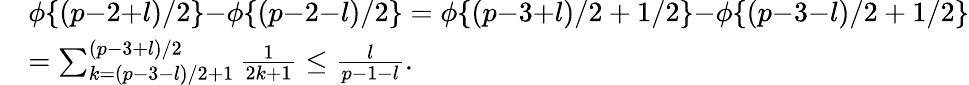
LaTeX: \begin{array}{rl}&{\phi\{ (p{-}2{+}l)/2\} {-}\phi\{ (p{-}2{-}l)/2\} =\phi\{ (p{-}3{+}l)/2+1/2\} {-}\phi\{ (p{-}3{-}l)/2+1/2\} }\\ &{=\sum_{k=(p{-}3{-}l)/2+1}^{(p{-}3{+}l)/2}\frac{1}{2k+1}\leq\frac{l}{p-1-l}.}\end{array}